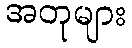
အတုများ